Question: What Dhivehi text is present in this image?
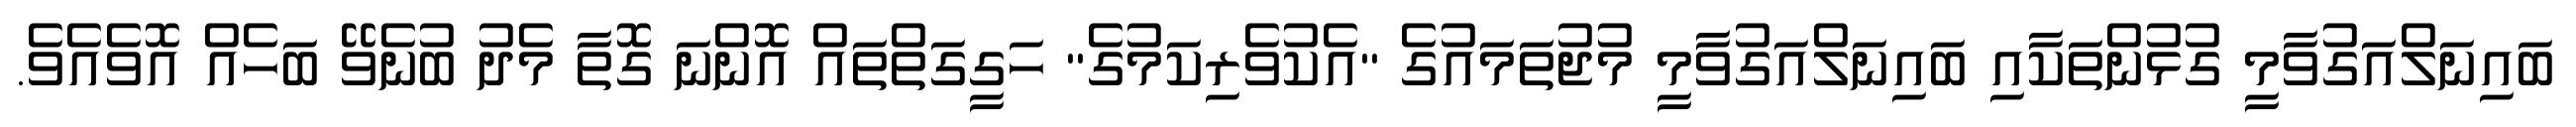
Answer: ބައިނަލްއަގުވާމީ ގުޅުންތަކާއި ބައިނަލްއަގުވާމީ މުޖުތަމައުގެ "އެކުވެރިކަމުގެ" ހަގީގަތްތައް އޮންނަ ގޮތާ މެދު ބުނެވޭ ބަހެއް އޮވެއެވެ.